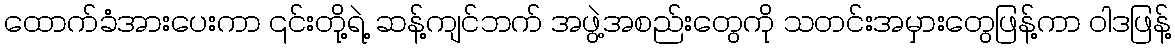
ထောက်ခံအားပေးကာ ၎င်းတို့ရဲ့ ဆန့်ကျင်ဘက် အဖွဲ့အစည်းတွေကို သတင်းအမှားတွေဖြန့်ကာ ဝါဒဖြန့်